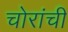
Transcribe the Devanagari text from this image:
चोरांची